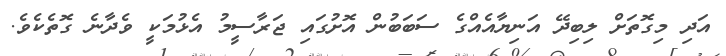
އަދި މިގޮތަށް ލިބިދޭ އަނިޔާއެއްގެ ސަބަބުން އޮށުގައި ޖަރާސީމު އެޅުމަކީ ވެދާނެ ގޮތެކެވެ.